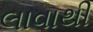
લાવાથી